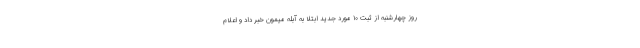
روز چهارشنبه از ثبت ۱۰ مورد جدید ابتلا به آبله میمون خبر داد و اعلام